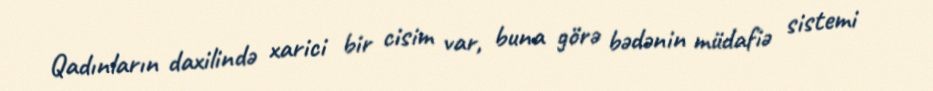
Qadınların daxilində xarici bir cisim var, buna görə bədənin müdafiə sistemi